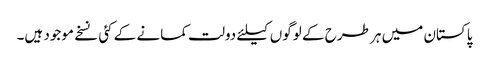
پاکستان میں ہر طرح کے لوگوں کیلئے دولت کمانے کے کئی نسخے موجود ہیں۔